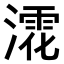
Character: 𣾳